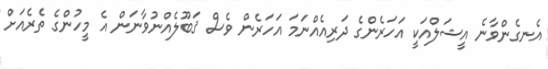
އެނގެންވާނެ އީޝަލްއަކީ އަހަރެންގެ ދަރިއެއްނަމަ އަހަރެން ވެސް ޤަބޫލެއްނުވާނަން އެ މީހުންގެ ތެރެއަށް